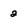
Character: a